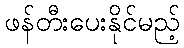
ဖန်တီးပေးနိုင်မည့်